Annual report of the Punjab Veterinary College and of the Civil Veterinary Department, Punjab - 1926-1932
Year: 1926
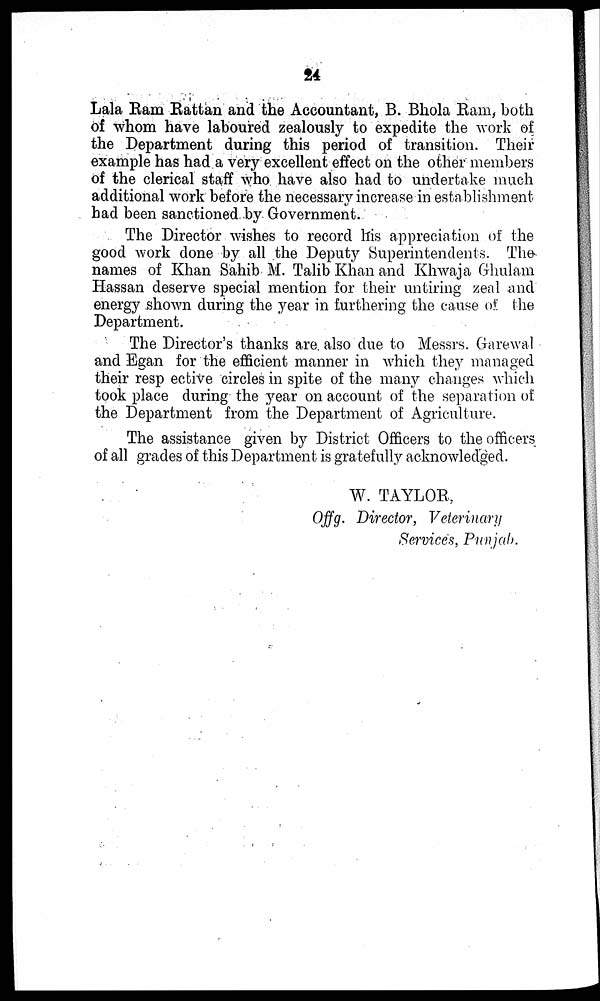
24
Lala Ram Rattan and the Accountant, B. Bhola Ram, both
of whom have laboured zealously to expedite the work of
the Department during this period of transition. Their
example has had a very excellent effect on the other members
of the clerical staff who have also had to undertake much
additional work before the necessary increase in establishment-
had been sanctioned by Government.
The Director wishes to record his appreciation of the
good work done by all the Deputy Superintendents. The
names of Khan Sahib M. Talib Khan and Khwaja Ghulam
Hassan deserve special mention for their untiring zeal and
energy shown during the year in furthering the cause of the
Department.
The Director's thanks are also due to Messrs. Garewal
and Egan for the efficient manner in which they managed
their resp ective circles in spite of the many changes which
took place during the year on account of the separation of
the Department from the Department of Agriculture.
The assistance given by District Officers to the officers
of all grades of this Department is gratefully acknowledged.
W. TAYLOR,
Offg. Director, Veterinary
Services, Punjab.